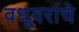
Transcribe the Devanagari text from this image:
वधूवरांचे